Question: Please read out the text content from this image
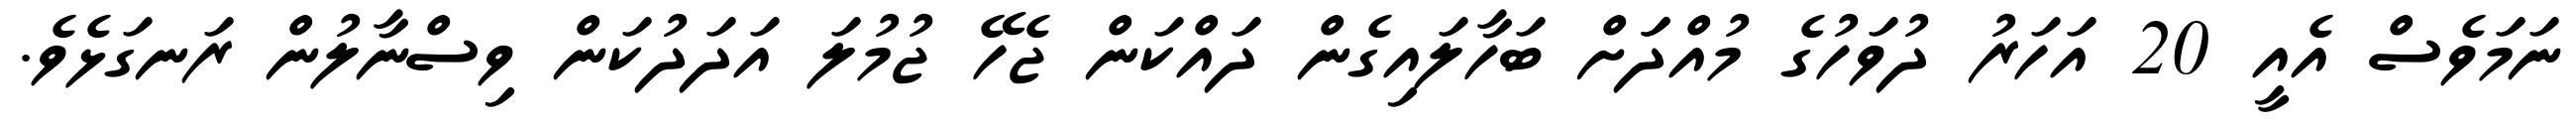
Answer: ނަމަވެސް އެއީ 20 އަހަރު ދުވަހުގެ މުއްދަަށް ބަހާލައިގެން ދައްކަން ޖެހޭ ޖުމުލަ އަދަދުކަން ވިސްނާލުން ރަނގަޅެވެ.